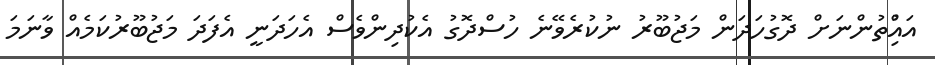
އައްުިތުންނަށް ދޮގުހަދަން މަޖުބޫރު ނުކުރެވޭނެ ހުސްދޮގު އެކުދިންވެސް އެހަދަނީ އެފަދަ މަޖުބޫރުކަމެއް ވާނަމަ